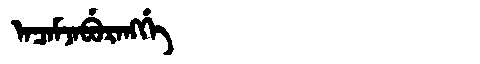
Manchu: ᠠᠴᠠᠮᠵᠠᠪᡠᡵᠠᠩᡤᡝ
Romanization: ACAMJABURANGGE